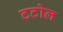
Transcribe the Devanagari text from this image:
टटोल